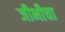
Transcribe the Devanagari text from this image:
जीभीचा